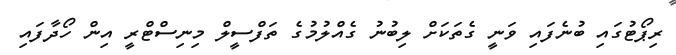
ރިޕޯޓުގައި ބުނެފައި ވަނީ ގެތަކަށް ލިބުނު ގެއްލުމުގެ ތަފްސީލް މިނިސްޓްރީ އިން ހޯދާފައި